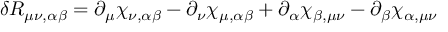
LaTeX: \delta R _ { \mu \nu , \alpha \beta } = \partial _ { \mu } \chi _ { \nu , \alpha \beta } - \partial _ { \nu } \chi _ { \mu , \alpha \beta } + \partial _ { \alpha } \chi _ { \beta , \mu \nu } - \partial _ { \beta } \chi _ { \alpha , \mu \nu }